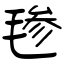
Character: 毶